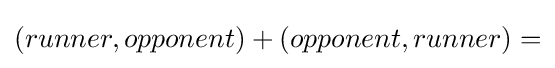
(runner,opponent)+(opponent,runner)=